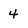
Character: 4